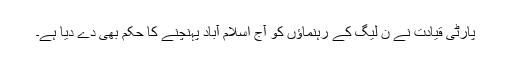
پارٹی قیادت نے ن لیگ کے رہنماؤں کو آج اسلام آباد پہنچنے کا حکم بھی دے دیا ہے۔